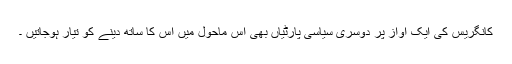
کانگریس کی ایک آواز پر دوسری سیاسی پارٹیاں بھی اس ماحول میں اس کا ساتھ دینے کو تیار ہوجاتیں ۔